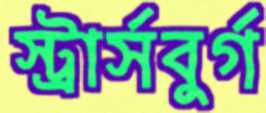
স্ট্রার্সবুর্গ